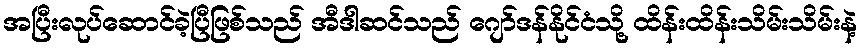
အပြီးလုပ်ဆောင်ခဲ့ပြီဖြစ်သည် အီဒါဆင်သည် ဂျော်ဒန်နိုင်ငံသို့ ထိန်းထိန်းသိမ်းသိမ်းနဲ့